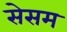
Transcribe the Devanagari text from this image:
सेसम